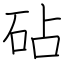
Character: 砧